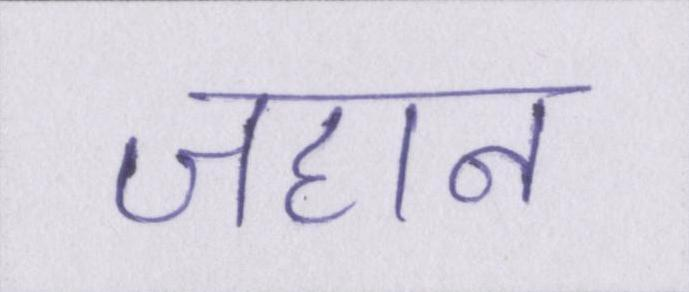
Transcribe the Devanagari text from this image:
जहान